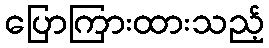
ပြောကြားထားသည့်